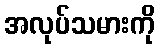
အလုပ်သမားကို